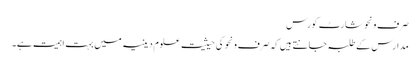
صرف ونحو شارٹ کورس
مدارس کے طلبہ جانتے ہیں کہ صرف ونحو کی حیثیت علومِ دینیہ میں بہت اہمیت ہے۔